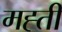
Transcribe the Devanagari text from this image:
मह्ती